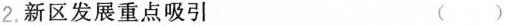
2.新区发展重点吸引 ( )